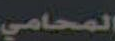
المحامي